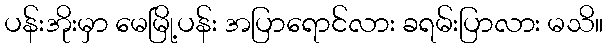
ပန်းအိုးမှာ မေမြို့ပန်း အပြာရောင်လား ခရမ်းပြာလား မသိ။